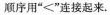
顺序用“<”连接起来。